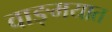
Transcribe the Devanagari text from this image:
वाङ्‍मयात